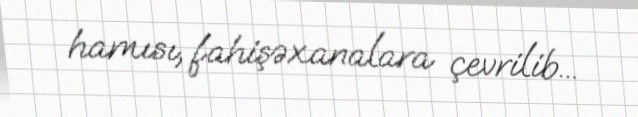
hamısı, fahişəxanalara çevrilib...